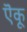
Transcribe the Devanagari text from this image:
ऎकू